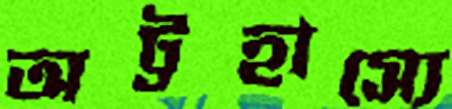
অট্টহাস্যে